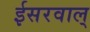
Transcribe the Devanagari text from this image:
ईसरवाल्